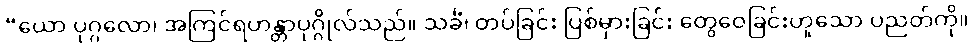
“ယော ပုဂ္ဂလော၊ အကြင်ရဟန္တာပုဂ္ဂိုလ်သည်။ သင်္ခံ၊ တပ်ခြင်း ပြစ်မှားခြင်း တွေဝေခြင်းဟူသော ပညတ်ကို။